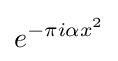
e^{-\pi i\alpha x^{2}}